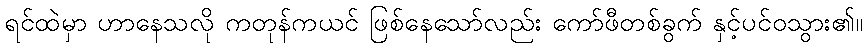
ရင်ထဲမှာ ဟာနေသလို ကတုန်ကယင် ဖြစ်နေသော်လည်း ကော်ဖီတစ်ခွက် နှင့်ပင်ဝသွား၏။